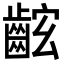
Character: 𪘋